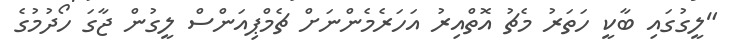
"ލީގުގައި ބާކީ ހަތަރު މެޗު އޮތްއިރު އަހަރެމެންނަށް ޗެމްޕިއަންސް ލީގުން ޖާގަ ހޯދުމުގެ